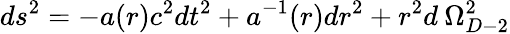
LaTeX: ds^{2}=-a(r)c^{2}dt^{2}+a^{-1}(r)dr^{2}+r^{2}d\: \Omega_{D-2}^{2}